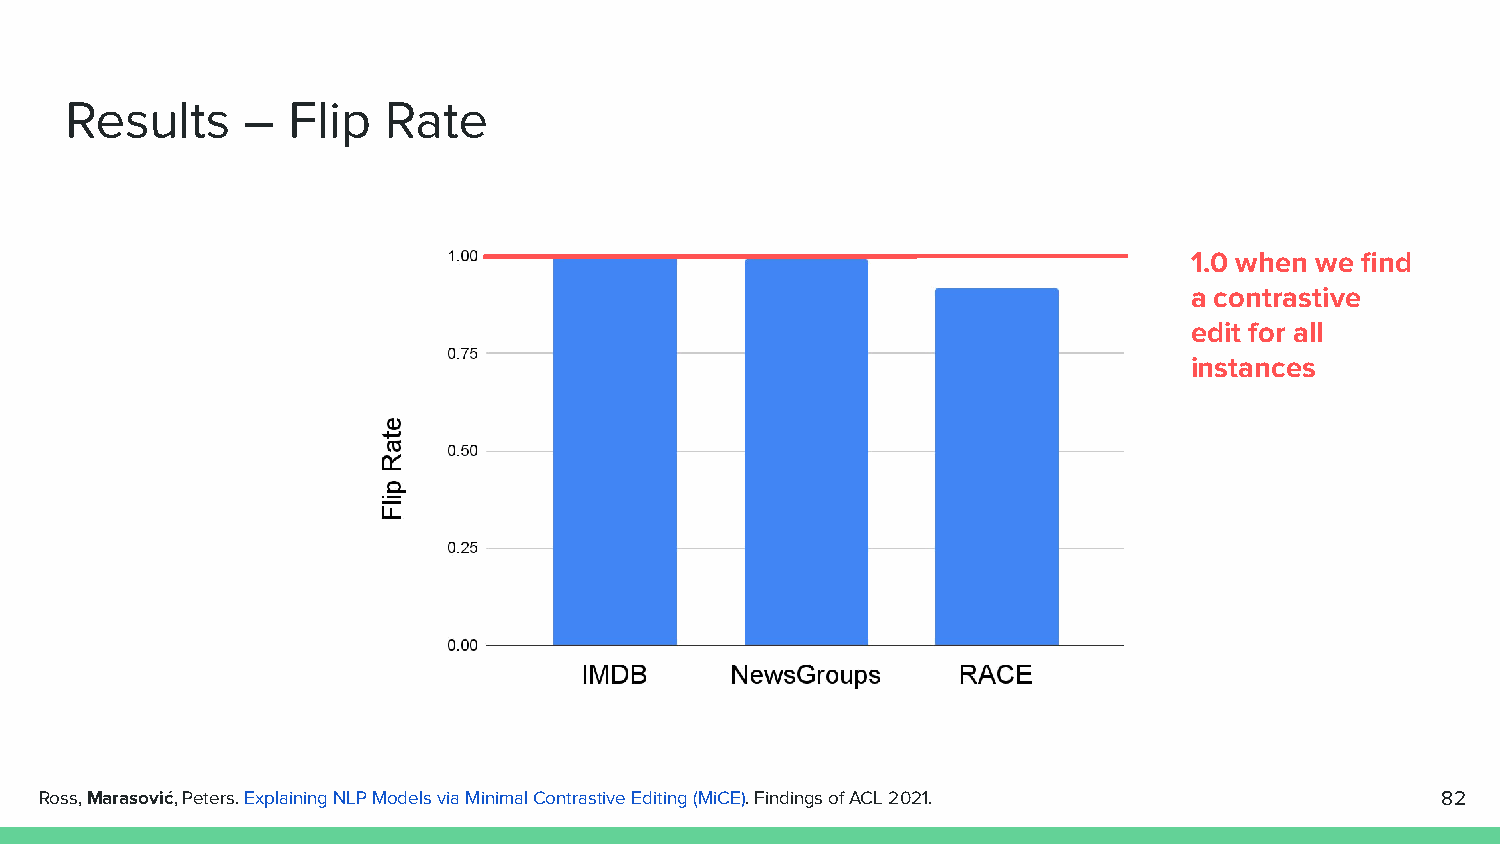
Results     –  Flip  Rate
 1.0 when we find
 a contrastive
 edit for all
 instances
 Ross, Marasović, Peters. Explaining NLP Models via Minimal Contrastive Editing (MiCE). Findings of ACL 2021. 82